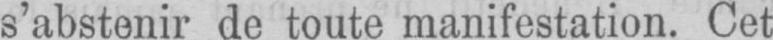
s’abstenir de toute manifestation. Cet